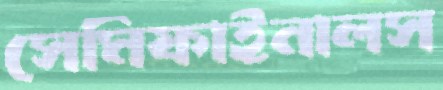
সেমিফাইনালস